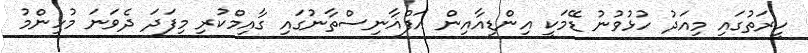
ހީރަތުގައި މިއަދު ހުޅުވުނު ޑޭމަކީ އިންޑިއާއިން އަފްޣާނިސްތާނުގައި ގާއިމްކުރި މިފަދަ ދެވަނަ މުހިންމު